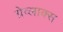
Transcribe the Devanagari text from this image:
ग्रेव्लाक्स